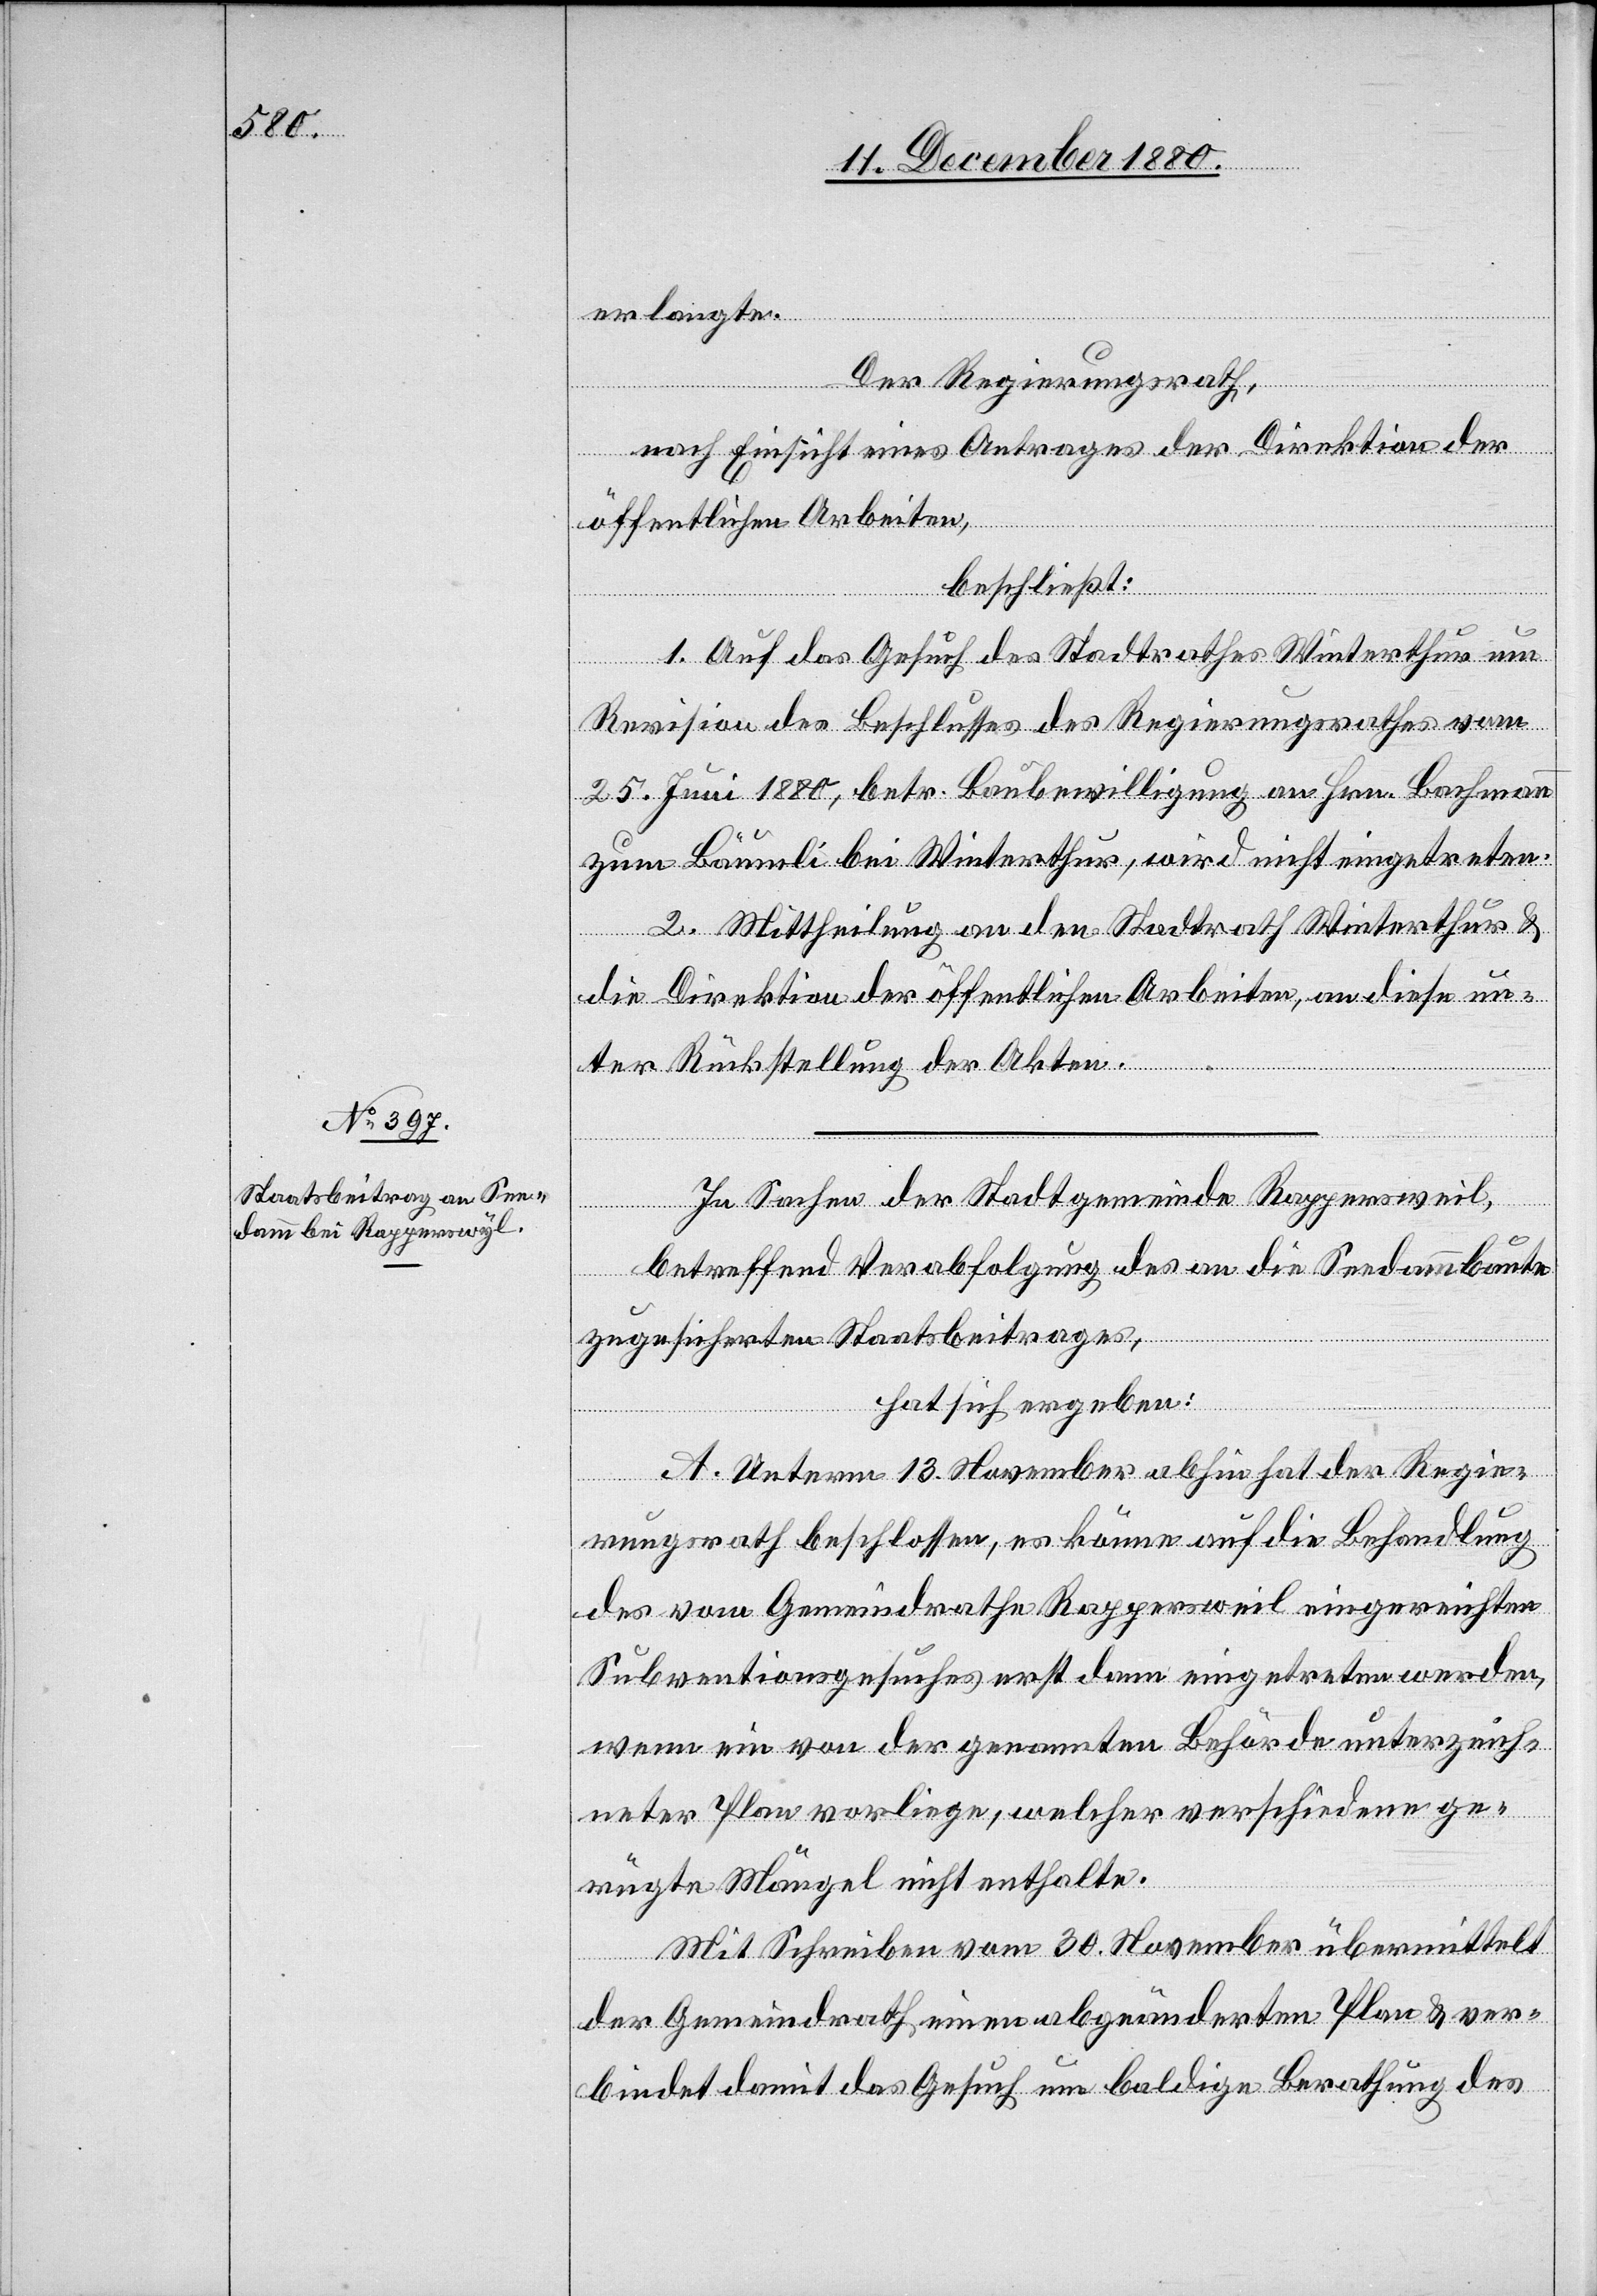
erlangte.
Der Regierungsrath,
nach Einsicht eines Antrages der Direktion der
öffentlichen Arbeiten,
beschließt:
1. Auf das Gesuch des Stadtrathes Winterthur um
Revision des Beschlusses des Regierungsrathes vom
25. Juni 1880, betr. Baubewilligung an Hrn. Bachmann
zum Bäumli bei Winterthur, wird nicht eingetreten.
2. Mittheilung an den Stadtrath Winterthur &
die Direktion der öffentlichen Arbeiten, an diese un¬
ter Rückstellung der Akten.
In Sachen der Stadtgemeinde Rappersweil
betreffend Verabfolgung des an die Seedammbaute
zugesicherten Staatsbeitrages,
hat sich ergeben:
A. Unterm 13. November abhin hat der Regie¬
rungsrath beschlossen, es könne auf die Behandlung
des vom Gemeindrathe Rappersweil eingereichten
Subventionsgesuches erst dann eingetreten werden,
wenn ein von der genannten Behörde unterzeich¬
neter Plan vorliege, welcher verschiedene ge¬
rügte Mängel nicht enthalte.
Mit Schreiben vom 30. November übermittelt
der Gemeindrath einen abgeänderten Plan & ver¬
bindet damit das Gesuch um baldige Berathung des